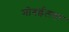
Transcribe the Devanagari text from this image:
मोबईलवर